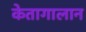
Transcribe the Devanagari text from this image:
केतागालान